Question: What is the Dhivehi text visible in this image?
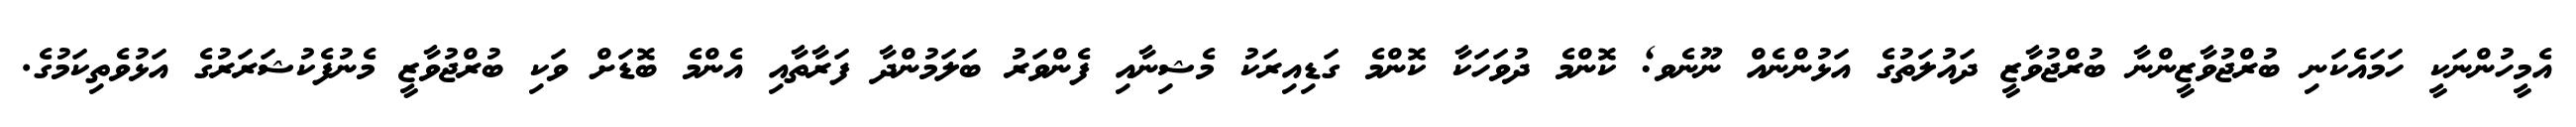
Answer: އެމީހުންނަކީ ހަމައެކަނި ބުރްޖުވާޒީންނާ ބުރްޖުވާޒީ ދައުލަތުގެ އަޅުންނެއް ނޫނެވ; ކޮންމެ ދުވަހަކާ ކޮންމެ ގަޑިއިރަކު މެޝިނާއި ފެންވަރު ބަލަމުންދާ ފަރާތާއި އެންމެ ބޮޑަށް ވަކި ބުރްޖުވާޒީ މެނުފެކުޝަރަރުގެ އަޅުވެތިކަމުގެ.